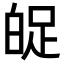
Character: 𤽱